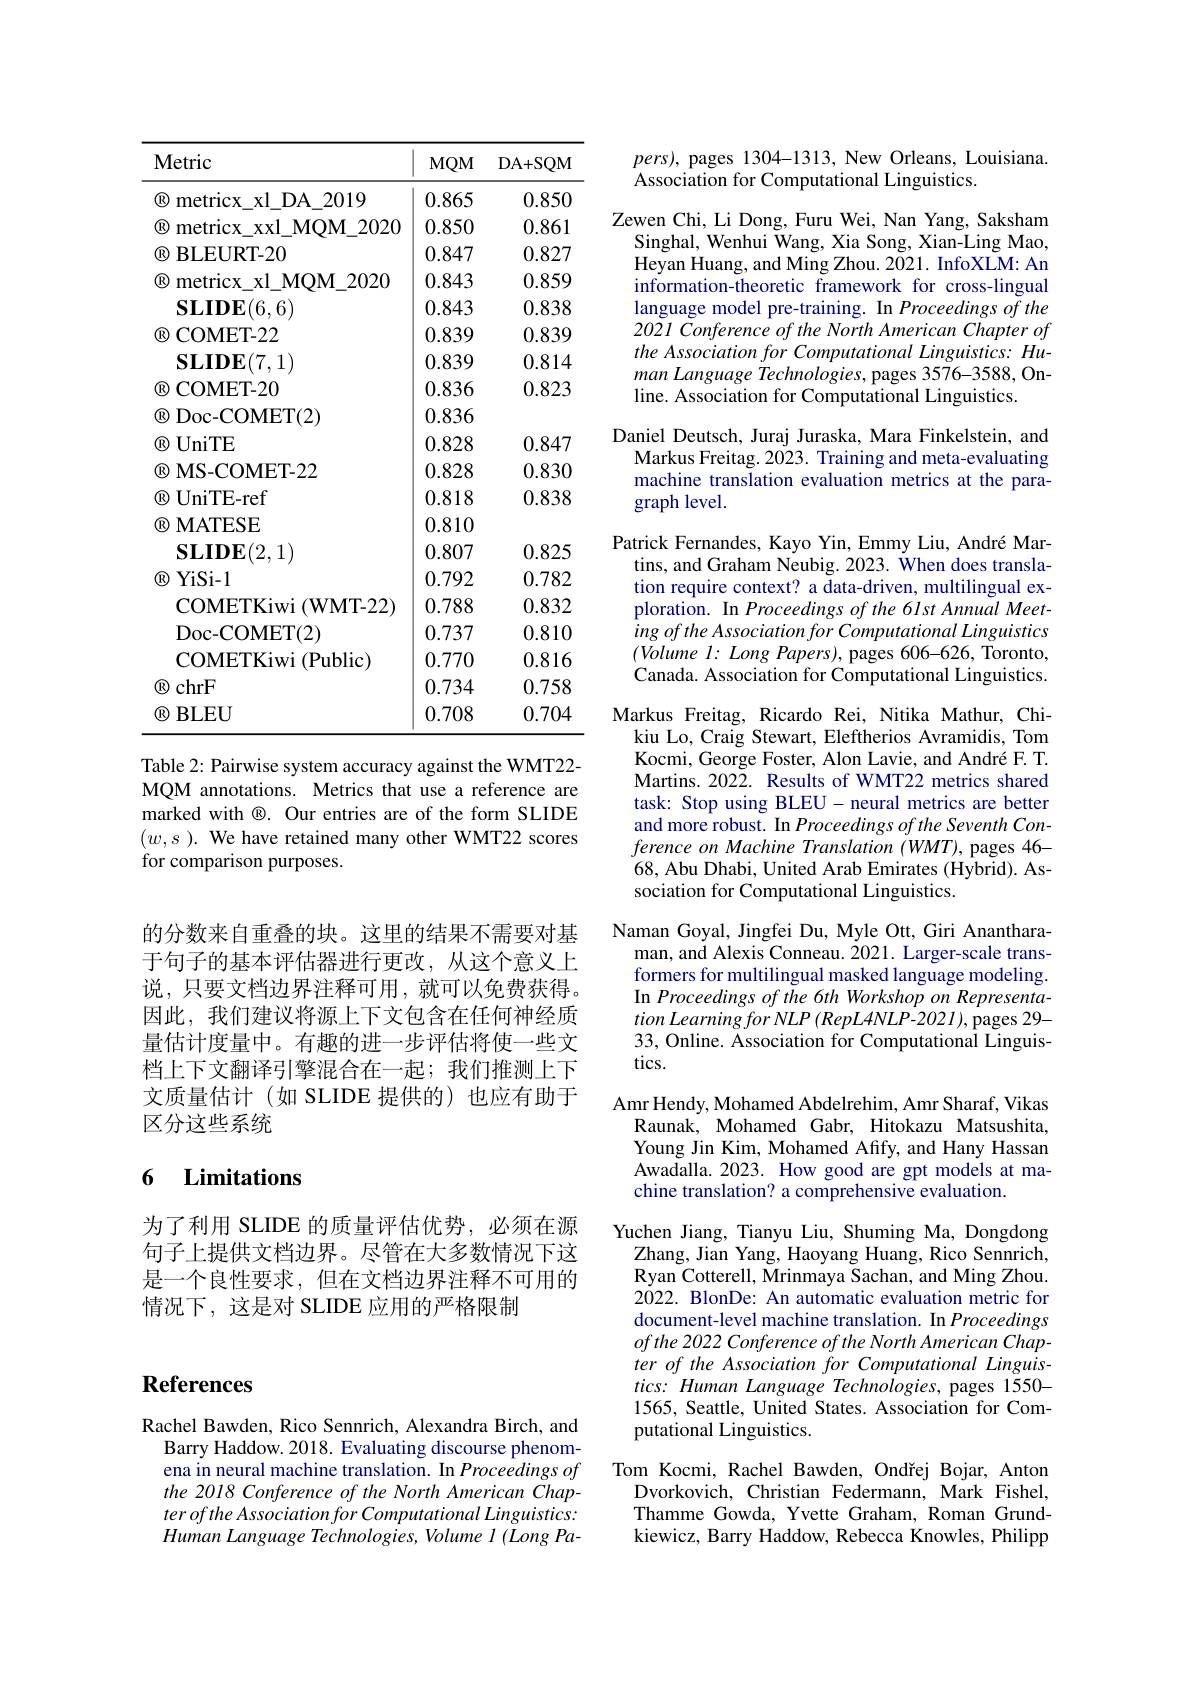
<table>
	<tbody>
		<tr>
			<th>Metric</th>
			<th>$MQM$</th>
			<th>DA+ SQM</th>
			<th>$pers)$, pages 1304-1313, New Orleans, Louisia</th>
		</tr>
		<tr>
			<td>$\mathbf{CR}$ metricx xl DA 2019</td>
			<td>0.865</td>
			<td>0.850</td>
			<td> </td>
		</tr>
		<tr>
			<td>$\mathbf{CR}$ metricx xxl $\textbf{L}$MOM [ 2020</td>
			<td>0.850</td>
			<td>0.861</td>
			<td>Yang</td>
		</tr>
		<tr>
			<td>$\mathbf{F}$ $\mathbf{BLEURT-20}$</td>
			<td>0.847</td>
			<td>0.827</td>
			<td>Singnal wenhun ang 7 $X1an-L$</td>
		</tr>
		<tr>
			<td>TIR metricx xl MOM 2020</td>
			<td>0.843</td>
			<td>0.859</td>
			<td> </td>
		</tr>
		<tr>
			<td>$\mathbf{SLIDE}(6,6)$</td>
			<td>0.843</td>
			<td>0.838</td>
			<td>In</td>
		</tr>
		<tr>
			<td>$\mathbf{(R)}$ COMET- 22</td>
			<td>0.839</td>
			<td>0.839</td>
			<td>2021 $(onterence$ $of$ the North American Chapte 1</td>
		</tr>
		<tr>
			<td>$\mathbf{SLIDE}(7,1)$</td>
			<td>0.839</td>
			<td>0.814</td>
			<td>2.4.20.7. 701 DIPIIATICS</td>
		</tr>
		<tr>
			<td>$\mathbf{(R)}$ COMET- 20</td>
			<td>0.836</td>
			<td>0.823</td>
			<td> </td>
		</tr>
		<tr>
			<td>$JR$ Doc- COMET( 2) </td>
			<td>0.836</td>
			<td> </td>
			<td> </td>
		</tr>
		<tr>
			<td>${\textcircled{R}}$ $\mathbf{UniTE}$</td>
			<td>0.828</td>
			<td>0.847</td>
			<td>Daniel Deutsch. .1012 SKZ. IYIZ 'inkelsteın.</td>
		</tr>
		<tr>
			<td>$(\mathbb{R})$ $\mathbf{MS-COMET-22}$</td>
			<td>0.828</td>
			<td>0.830</td>
			<td> </td>
		</tr>
		<tr>
			<td>$\textcircled{\mathbb{R}}$ UniTE- ref</td>
			<td>0.818</td>
			<td>0.838</td>
			<td>Tral evel</td>
		</tr>
		<tr>
			<td>$(\mathbb{R}$ MATESE</td>
			<td>0.810</td>
			<td> </td>
			<td> </td>
		</tr>
		<tr>
			<td>$\mathbf{SLIDE}(2,1)$</td>
			<td>0.807</td>
			<td>0.825</td>
			<td>Patrick Fernandes Kavo 1m Emmv $LlU.$</td>
		</tr>
		<tr>
			<td>$\mathbb{R}$ YiSi- 1</td>
			<td>0.792</td>
			<td>0.782</td>
			<td> </td>
		</tr>
		<tr>
			<td>COMETKiwi ( WMT- 22) </td>
			<td>0.788</td>
			<td>0.832</td>
			<td>ration mnual $AA$</td>
		</tr>
		<tr>
			<td>Doc- COMET( 2) </td>
			<td>0.737</td>
			<td>0.810</td>
			<td>ing utational Linguis ottheAssoctationtorComo</td>
		</tr>
		<tr>
			<td>COMETKiwi ( Public) </td>
			<td>0.770</td>
			<td>0.816</td>
			<td>SA</td>
		</tr>
		<tr>
			<td>$\textcircled{\mathbb{R}}$ chrF</td>
			<td>0.734</td>
			<td>0.758</td>
			<td> </td>
		</tr>
		<tr>
			<td>$7RD$ $\mathbf{BLEU}$</td>
			<td>0.708</td>
			<td>0.704</td>
			<td>Markus Freitag, Ricardo Rei, Nitika Mathur,</td>
		</tr>
	</tbody>
</table>

An the $of$ $Hu-$ $On-$

$ex-$
Kocmi, George Foster, Alon Lavie, and André F. T.

Table 2: Pairwise system accuracy against the WMT22- MQM annotations. Metrics that use a reference are marked with ®. Our entries are of the form SLIDE $(w,s).$ We have retained many other WMT22 scores for comparison purposes.

Martins. 2022. Results of WMT22 metrics shared task: Stop using BLEU- neural metrics are better and more robust. In Proceedings of the Seventh Conference on Machine Translation (WMT), pages 46- 68, Abu Dhabi, United Arab Emirates (Hybrid). Association for Computational Linguistics.
Naman Goyal, Jingfei Du, Myle Ott, Giri Ananthara-
man, and Alexis Conneau. 2021. Larger-scale transformers for multilingual masked language modeling. In Proceedings of the 6th Workshop on Representa- $tion\textit{ Learning for NLP ( RepL4NLP- 202I) , pages 29- }$ 33, Online. Association for Computational Linguistics.
Amr Hendy, Mohamed Abdelrehim, Amr Sharaf, Vikas Raunak, Mohamed Gabr, Hitokazu Matsushita, Young Jin Kim, Mohamed Afify, and Hany Hassan Awadalla. 2023. How good are gpt models at machine translation? a comprehensive evaluation.
Yuchen Jiang, Tianyu Liu, Shuming Ma, Dongdong
Zhang, Jian Yang, Haoyang Huang, Rico Sennrich, Ryan Cotterell, Mrinmaya Sachan, and Ming Zhou. $\dot{20}$22. BlonDe: An automatic evaluation metric for document-level machine translation. In Proceedings of the 2022 Conference of the North American Chapter of the Association for Computational Linguis- $tics:HumanLanguage$ Technologies, pages 1550- 1565, Seattle, United States. Association for Computational Linguistics.
Tom Kocmi, Rachel Bawden, Ondřej Bojar, Anton
Dvorkovich, Christian Federmann, Mark Fishel,

的分数来自重叠的块。这里的结果不需要对基于句子的基本评估器进行更改，从这个意义上说，只要文档边界注释可用，就可以免费获得。因此，我们建议将源上下文包含在任何神经质量估计度量中。有趣的进一步评估将使一些文档上下文翻译引擎混合在一起；我们推测上下文质量估计(如 SLIDE 提供的)也应有助于区分这些系统

### 6 Limitations

为了利用 SLIDE 的质量评估优势，必须在源句子上提供文档边界。尽管在大多数情况下这是一个良性要求，但在文档边界注释不可用的情况下，这是对 SLIDE 应用的严格限制

## $\textbf{References}$

Rachel Bawden, Rico Sennrich, Alexandra Birch, and
Barry Haddow. 2018. Evaluating discourse phenomena in neural machine translation. In Proceedings of the 2018 Conference of the North American Chapter of the Association for Computational Linguistics: Human Language Technologies, Volume 1 (Long Pa-

Thamme Gowda, Yvette Graham, Roman Grundkiewicz, Barry Haddow, Rebecca Knowles, Philipp